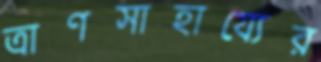
ত্রাণসাহায্যের